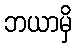
ဘယာမှိ